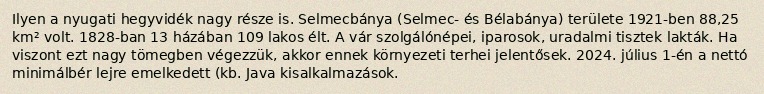
Ilyen a nyugati hegyvidék nagy része is. Selmecbánya (Selmec- és Bélabánya) területe 1921-ben 88,25 km² volt. 1828-ban 13 házában 109 lakos élt. A vár szolgálónépei, iparosok, uradalmi tisztek lakták. Ha viszont ezt nagy tömegben végezzük, akkor ennek környezeti terhei jelentősek. 2024. július 1-én a nettó minimálbér lejre emelkedett (kb. Java kisalkalmazások.